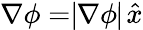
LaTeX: \nabla\phi=\mid\! \! \nabla\phi\! \! \mid\, \! \! \hat{x}